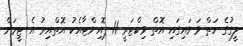
ލީގުގެ ހަތް ވަނައިގައި އޮތް ވިކްޓަރީ 11 ޕޮއިންޓާއެކު އޮތްއިރު އެ ޓީމަށް